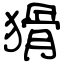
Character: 猾